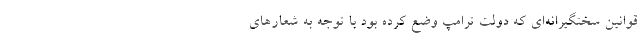
قوانین سختگیرانه‌ای که دولت ترامپ وضع کرده بود با توجه به شعارهای